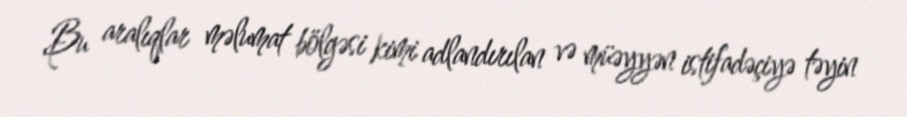
Bu aralıqlar məlumat bölgəsi kimi adlandırılan və müəyyən istifadəçiyə təyin